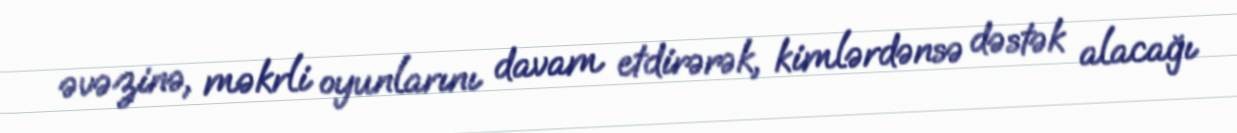
əvəzinə, məkrli oyunlarını davam etdirərək, kimlərdənsə dəstək alacağı